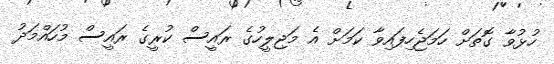
ހުޅުވާ ގޮތަށް ހަމަޖެހިފައިވާ ކަމަށް އެ މަޖިލީހުގެ ރައީސް ކުރީގެ ރައީސް މުހައްމަދު